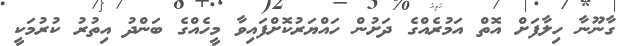
ގާނޫނާ ހިލާފަށް އޮތް އަމުރެއްގެ ދަށުން ހައްޔަރުކޮށްފައިވާ މީހެއްގެ ބަންދު އިތުރު ކުރުމަކީ